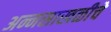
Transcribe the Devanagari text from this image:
अन्नसाखळीचे